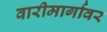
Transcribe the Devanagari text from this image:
वारीमार्गावर